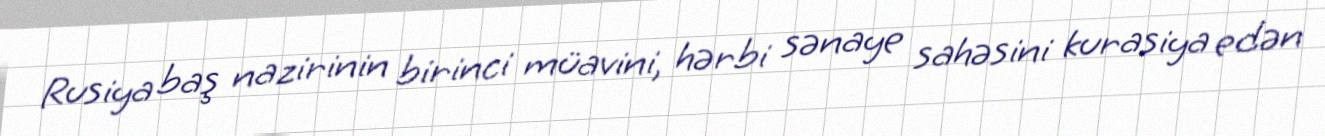
Rusiya baş nazirinin birinci müavini, hərbi sənaye sahəsini kurasiya edən